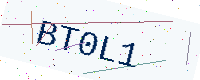
Text: BT0L1